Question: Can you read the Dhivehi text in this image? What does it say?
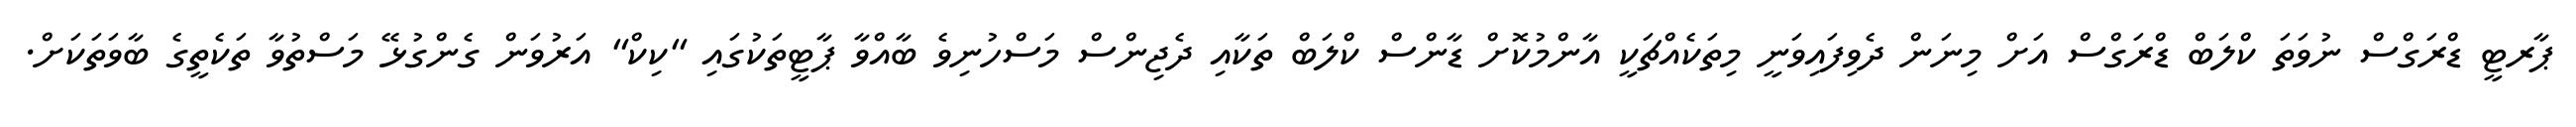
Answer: ޕާރޓީ ޑްރަގްސް ނުވަތަ ކްލަބް ޑްރަގްސް އަށް މިނަން ދެވިފައިވަނީ މިތަކެއްޗަކީ އާންމުކޮށް ޑާންސް ކްލަބް ތަކާއި ދެޖިންސް މަސްހުނިވެ ބާއްވާ ޕާޓީތަކުގައި "ކިކް" އަރުވަން ގެންގުޅޭ މަސްތުވާ ތަކެތީގެ ބާވަތަކަށް.